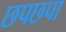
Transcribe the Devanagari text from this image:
छपछपा